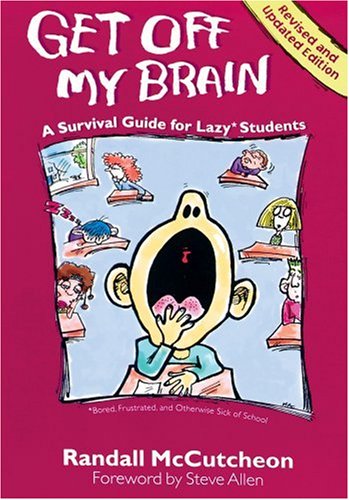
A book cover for Get Off My Brain: A Survival Guide for Lazy Students; Randall McCutcheon; Teen & Young Adult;